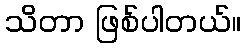
သိတာ ဖြစ်ပါတယ်။